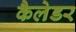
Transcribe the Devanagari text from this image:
कैलेडर